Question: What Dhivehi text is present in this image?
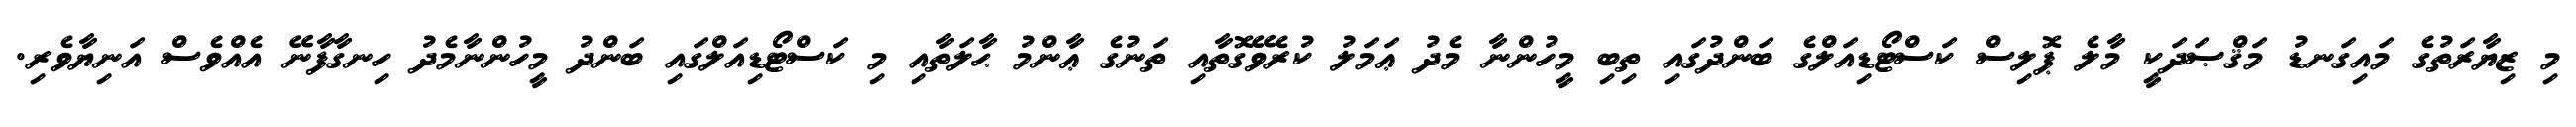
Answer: މި ޒިޔާރަތުގެ މައިގަނޑު މަޤްޞަދަކީ މާލެ ޕޮލިސް ކަސްޓޯޑިއަލްގެ ބަންދުގައި ތިބި މީހުންނާ މެދު ޢަމަލު ކުރެވޭގޮތާއި ތަނުގެ ޢާންމު ޙާލަތާއި މި ކަސްޓޯޑިއަލްގައި ބަންދު މީހުންނާމެދު ހިނގާފާނޭ އެއްވެސް އަނިޔާވެރި.